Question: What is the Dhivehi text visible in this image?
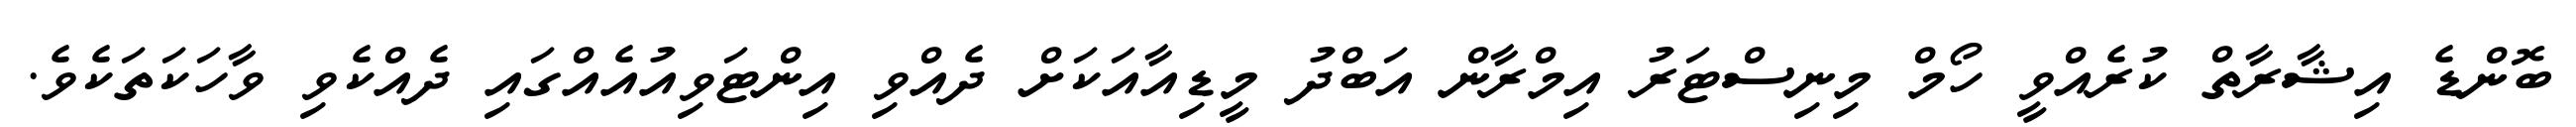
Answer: ބޮންޑެ އިޝާރާތް ކުރެއްވީ ހޯމް މިނިސްޓަރު އިމްރާން އަބްދު މީޑިއާއަކަށް ދެއްވި އިންޓަވިއުއެއްގައި ދެއްކެވި ވާހަކަތަކެވެ.